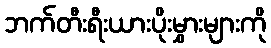
ဘက်တီးရီးယားပိုးမွှားများကို